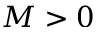
M > 0